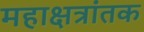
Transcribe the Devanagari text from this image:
महाक्षत्रांतक